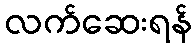
လက်ဆေးရန်